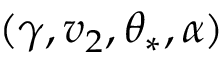
( \gamma , v _ { 2 } , \theta _ { \ast } , \alpha )